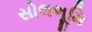
સોલભૂમિ